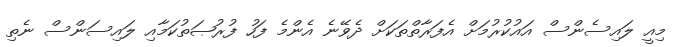
މިއީ ލައިސެންސް އައުކުރުމަށް އެފަރާތްތަކަށް ދެވޭނެ އެންމެ ފަހު ފުރުޞަތުކަމާއި ލައިސަންސް ނެތި